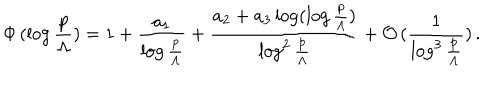
\Phi \, ( \log \frac { p } { \Lambda } ) = 1 + \frac { a _ { 1 } } { \log \frac { p } { \Lambda } } + \frac { a _ { 2 } + a _ { 3 } \log ( \log \frac { p } { \Lambda } ) } { \log ^ { 2 } \frac { p } { \Lambda } } + \mathcal { O } \, ( \frac { 1 } { \log ^ { 3 } \frac { p } { \Lambda } } ) \, .